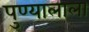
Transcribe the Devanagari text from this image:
पुण्यालाला